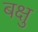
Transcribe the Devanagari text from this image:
बक्षु